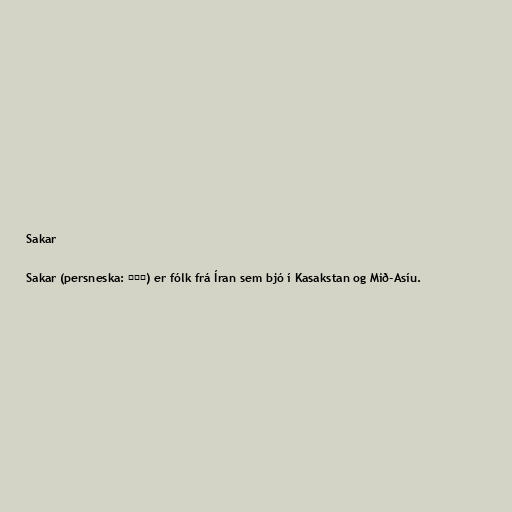
Sakar

Sakar (persneska: سكا) er fólk frá Íran sem bjó í Kasakstan og Mið-Asíu.